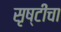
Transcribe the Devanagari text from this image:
सृष्टींचा